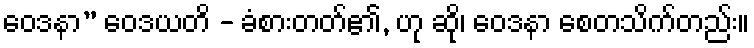
ဝေဒနာ” ဝေဒယတိ - ခံစားတတ်၏, ဟု ဆို၊ ဝေဒနာ စေတသိက်တည်း။